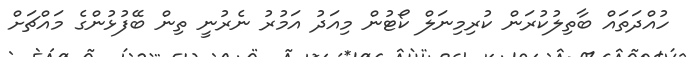
ހުއްދަތައް ބާތިލުކުރަން ކުރިމިނަލް ކޯޓުން މިއަދު އަމުރު ނެރުނީ ތިން ބޭފުޅުންގެ މައްޗަށް